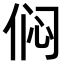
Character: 𫢨